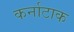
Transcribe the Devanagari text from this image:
कर्नाटाक